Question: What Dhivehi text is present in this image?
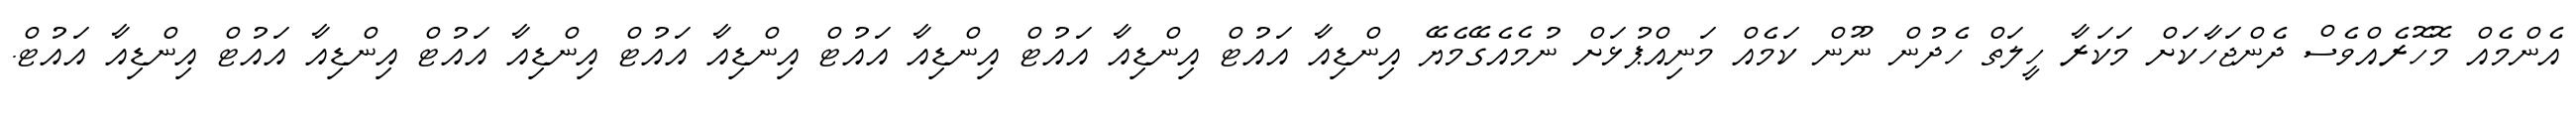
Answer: އެންމެއް މޮހޮރެއްވެސް ދެންޖަހާކަށް މަކަރާ ހީލަތް ހެދުން ނޫން ކަމެއް މަނިއްޕުޅަށް ނުމެއެގޭމެޔޭ އިންޑިއާ އައުޓް އިންޑިއާ އައުޓް އިންޑިއާ އައުޓް އިންޑިއާ އައުޓް އިންޑިއާ އައުޓް އިންޑިއާ އައުޓް އިންޑިއާ އައުޓް.